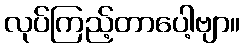
လုပ်ကြည့်တာပေါ့ဗျာ။